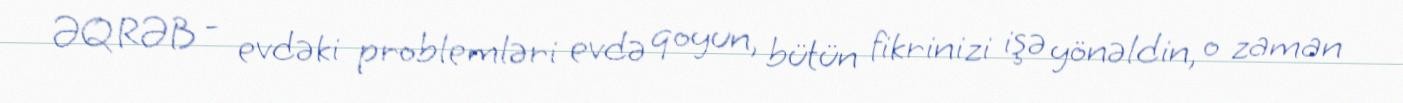
ƏQRƏB - evdəki problemləri evdə qoyun, bütün fikrinizi işə yönəldin, o zaman